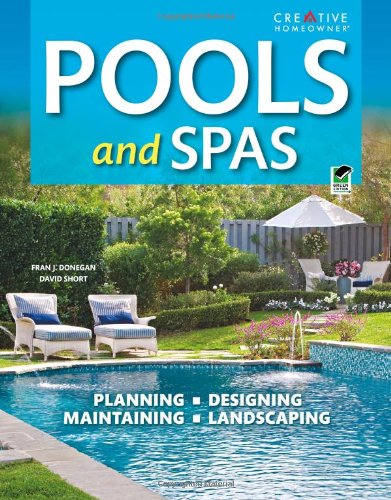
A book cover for Pools & Spas, 3rd edition (Landscaping); Editors of Creative Homeowner; Crafts, Hobbies & Home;